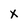
Character: X